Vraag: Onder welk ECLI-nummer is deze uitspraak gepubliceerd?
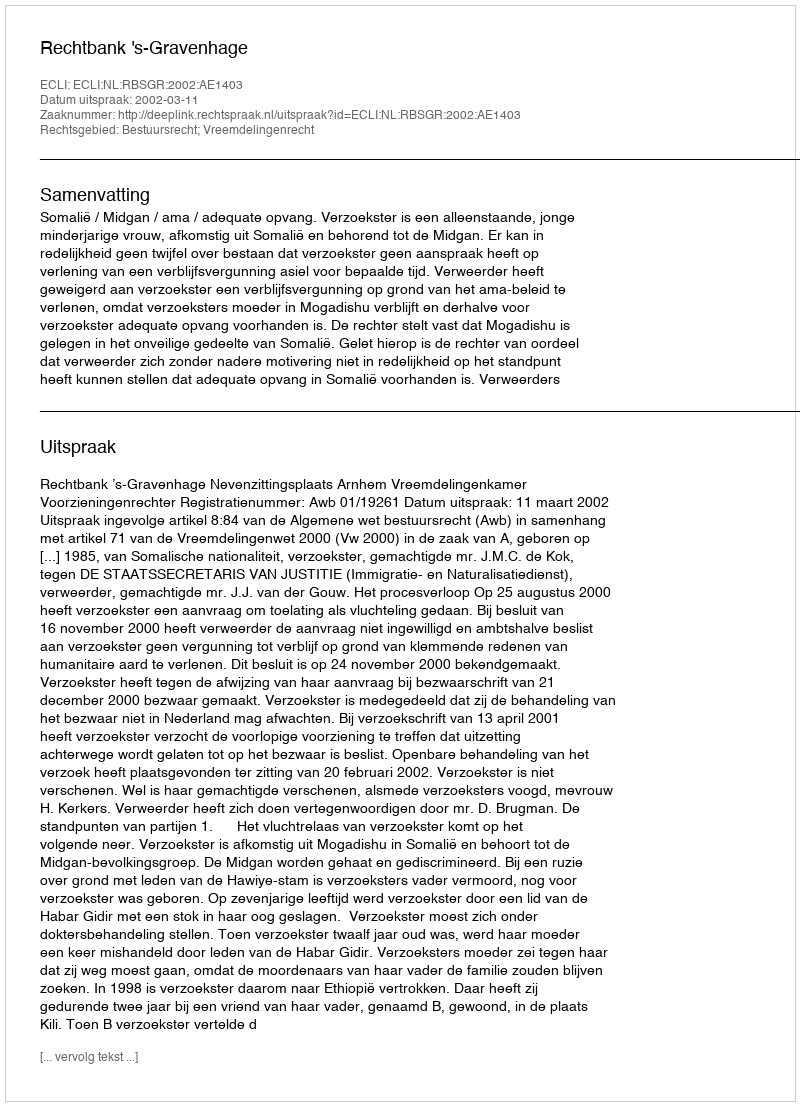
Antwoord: ECLI:NL:RBSGR:2002:AE1403